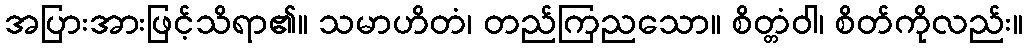
အပြားအားဖြင့်သိရာ၏။ သမာဟိတံ၊ တည်ကြညသော။ စိတ္တံဝါ၊ စိတ်ကိုလည်း။